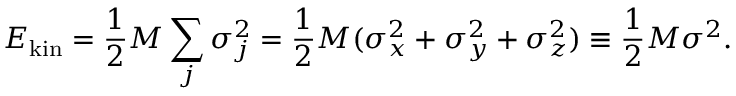
E _ { \mathrm { k i n } } = \frac { 1 } { 2 } M \sum _ { j } \sigma _ { j } ^ { 2 } = \frac { 1 } { 2 } M ( \sigma _ { x } ^ { 2 } + \sigma _ { y } ^ { 2 } + \sigma _ { z } ^ { 2 } ) \equiv \frac { 1 } { 2 } M \sigma ^ { 2 } .